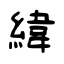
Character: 緯